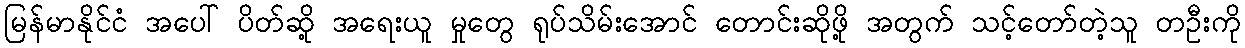
မြန်မာနိုင်ငံ အပေါ် ပိတ်ဆို့ အရေးယူ မှုတွေ ရုပ်သိမ်းအောင် တောင်းဆိုဖို့ အတွက် သင့်တော်တဲ့သူ တဦးကို